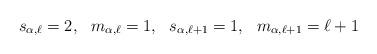
LaTeX: \begin{align*}s_{\alpha,\ell}=2, \ \ m_{\alpha,\ell}=1, \ \ s_{\alpha,\ell+1}=1, \ \ m_{\alpha,\ell+1}=\ell+1\end{align*}